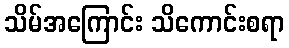
သိမ်အကြောင်း သိကောင်းစရာ